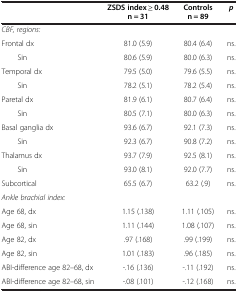
<table><thead><tr><td><b> </b></td><td><b>ZSDS index ≥ 0.48 n = 31</b></td><td><b>Controls n = 89</b></td><td><b><i>p</i></b></td></tr></thead><tbody><tr><td><i>CBF, regions:</i></td><td> </td><td> </td><td> </td></tr><tr><td>Frontal dx</td><td>81.0 (5.9)</td><td>80.4 (6.4)</td><td>ns.</td></tr><tr><td>Sin</td><td>80.6 (5.9)</td><td>80.0 (6.3)</td><td>ns.</td></tr><tr><td>Temporal dx</td><td>79.5 (5.0)</td><td>79.6 (5.5)</td><td>ns.</td></tr><tr><td>Sin</td><td>78.2 (5.1)</td><td>78.2 (5.4)</td><td>ns.</td></tr><tr><td>Paretal dx</td><td>81.9 (6.1)</td><td>80.7 (6.4)</td><td>ns.</td></tr><tr><td>Sin</td><td>80.5 (7.1)</td><td>80.0 (6.3)</td><td>ns.</td></tr><tr><td>Basal ganglia dx</td><td>93.6 (6.7)</td><td>92.1 (7.3)</td><td>ns.</td></tr><tr><td>Sin</td><td>92.3 (6.7)</td><td>90.8 (7.2)</td><td>ns.</td></tr><tr><td>Thalamus dx</td><td>93.7 (7.9)</td><td>92.5 (8.1)</td><td>ns.</td></tr><tr><td>Sin</td><td>93.0 (8.1)</td><td>92.0 (7.7)</td><td>ns.</td></tr><tr><td>Subcortical</td><td>65.5 (6.7)</td><td>63.2 (.9)</td><td>ns.</td></tr><tr><td><i>Ankle brachial index:</i></td><td> </td><td> </td><td> </td></tr><tr><td>Age 68, dx</td><td>1.15 (.138)</td><td>1.11 (.105)</td><td>ns.</td></tr><tr><td>Age 68, sin</td><td>1.11 (.144)</td><td>1.08 (.107)</td><td>ns.</td></tr><tr><td>Age 82, dx</td><td>.97 (.168)</td><td>.99 (.199)</td><td>ns.</td></tr><tr><td>Age 82, sin</td><td>1.01 (.183)</td><td>.96 (.185)</td><td>ns.</td></tr><tr><td>ABI-difference age 82–68, dx</td><td>-.16 (.136)</td><td>-.11 (.192)</td><td>ns.</td></tr><tr><td>ABI-difference age 82–68, sin</td><td>-.08 (.101)</td><td>-.12 (.168)</td><td>ns.</td></tr></tbody></table>